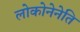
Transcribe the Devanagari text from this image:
लोकोनेनेति